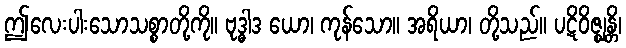
ဤလေးပါးသောသစ္စာတို့ကို။ ဗုဒ္ဓါဒ ယော၊ ကုန်သော။ အရိယာ၊ တို့သည်။ ပဋိဝိဇ္ဈန္တိ၊